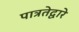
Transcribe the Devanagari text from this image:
पात्रतेद्वारे